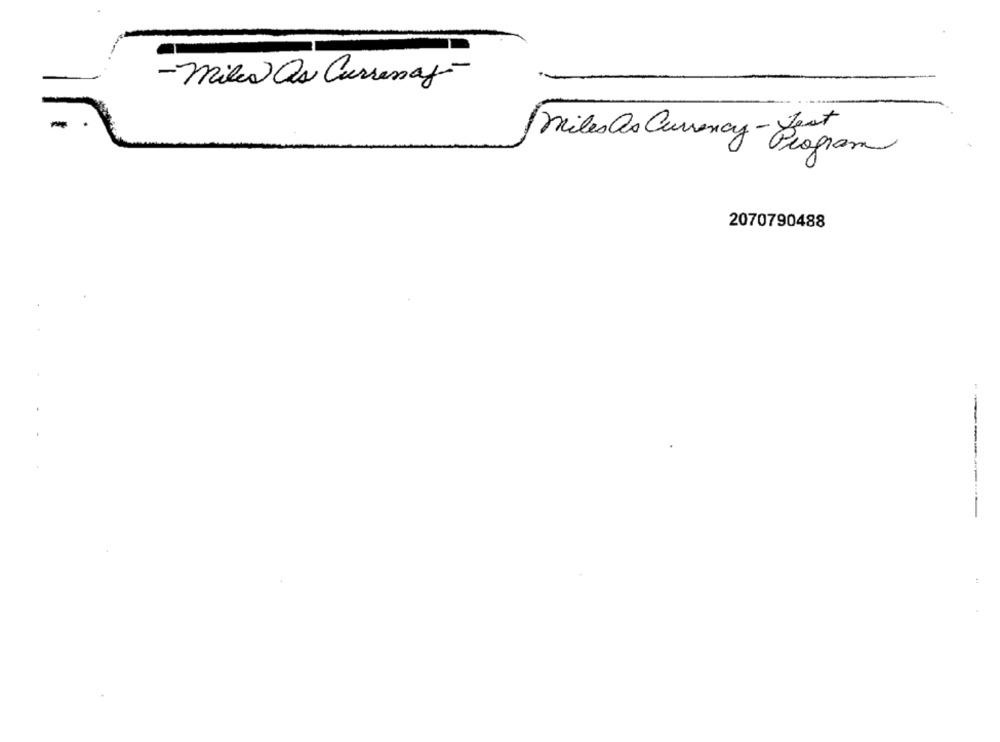
-miles Os Currency-
-
miles as Currency- Lest
Program
2070790488
----------